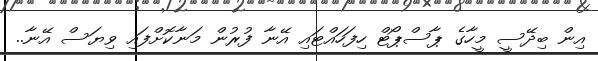
އިން ބިދޭސީ މީހާގެ ޕާސްޕޯޓް ހިފަހައްޓައި އޭނާ ފުރުން މަނާކޮށްފައި ވިޔަސް އޭނާ..